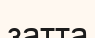
затта